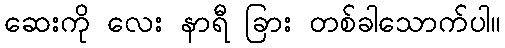
ဆေးကို လေး နာရီ ခြား တစ်ခါသောက်ပါ။